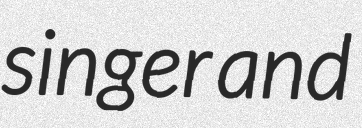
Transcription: singer and